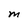
Character: m